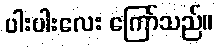
ပါးပါးလေး ကြော်သည်။